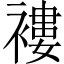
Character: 褸